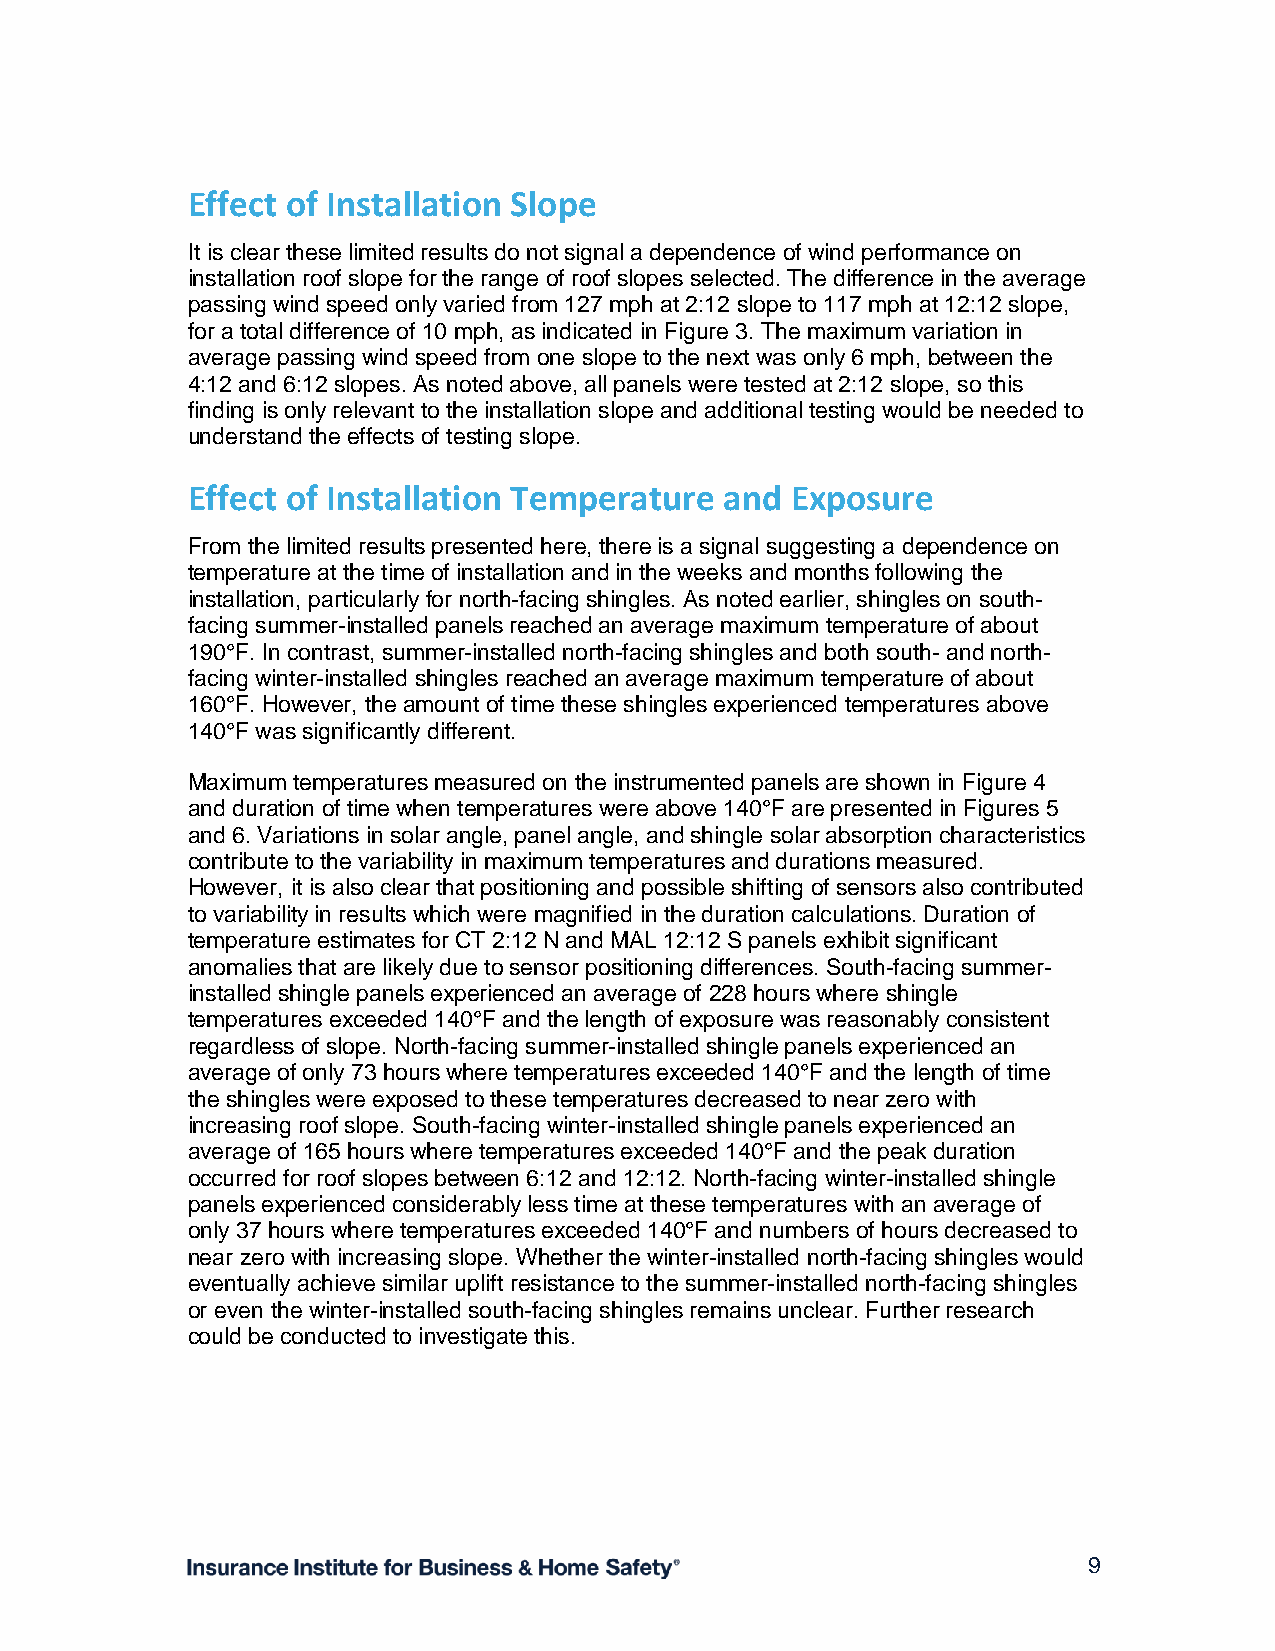
Effect of Installation Slope
 It is clear these limited results do not signal a dependence of wind performance on
 installation roof slope for the range of roof slopes selected. The difference in the average
 passing wind speed only varied from 127 mph at 2:12 slope to 117 mph at 12:12 slope,
 for a total difference of 10 mph, as indicated in Figure 3. The maximum variation in
 average passing wind speed from one slope to the next was only 6 mph, between the
 4:12 and 6:12 slopes. As noted above, all panels were tested at 2:12 slope, so this
 finding is only relevant to the installation slope and additional testing would be needed to
 understand the effects of testing slope.
 Effect of Installation Temperature  and Exposure
 From the limited results presented here, there is a signal suggesting a dependence on
 temperature at the time of installation and in the weeks and months following the
 installation, particularly for north-facing shingles. As noted earlier, shingles on south-
 facing summer-installed panels reached an average maximum temperature of about
 190°F. In contrast, summer-installed north-facing shingles and both south- and north-
 facing winter-installed shingles reached an average maximum temperature of about
 160°F. However, the amount of time these shingles experienced temperatures above
 140°F was significantly different.
 Maximum temperatures measured on the instrumented panels are shown in Figure 4
 and duration of time when temperatures were above 140°F are presented in Figures 5
 and 6. Variations in solar angle, panel angle, and shingle solar absorption characteristics
 contribute to the variability in maximum temperatures and durations measured.
 However, it is also clear that positioning and possible shifting of sensors also contributed
 to variability in results which were magnified in the duration calculations. Duration of
 temperature estimates for CT 2:12 N and MAL 12:12 S panels exhibit significant
 anomalies that are likely due to sensor positioning differences. South-facing summer-
 installed shingle panels experienced an average of 228 hours where shingle
 temperatures exceeded 140°F and the length of exposure was reasonably consistent
 regardless of slope. North-facing summer-installed shingle panels experienced an
 average of only 73 hours where temperatures exceeded 140°F and the length of time
 the shingles were exposed to these temperatures decreased to near zero with
 increasing roof slope. South-facing winter-installed shingle panels experienced an
 average of 165 hours where temperatures exceeded 140°F and the peak duration
 occurred for roof slopes between 6:12 and 12:12. North-facing winter-installed shingle
 panels experienced considerably less time at these temperatures with an average of
 only 37 hours where temperatures exceeded 140°F and numbers of hours decreased to
 near zero with increasing slope. Whether the winter-installed north-facing shingles would
 eventually achieve similar uplift resistance to the summer-installed north-facing shingles
 or even the winter-installed south-facing shingles remains unclear. Further research
 could be conducted to investigate this.
 9